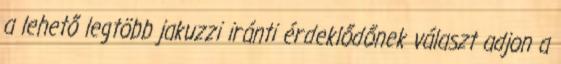
a lehető legtöbb jakuzzi iránti érdeklődőnek választ adjon a